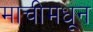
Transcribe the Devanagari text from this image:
माचीमधून